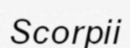
Scorpii